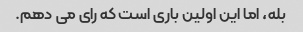
بله، اما این اولین باری است که رای می دهم.